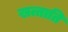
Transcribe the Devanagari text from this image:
खत्ताति